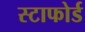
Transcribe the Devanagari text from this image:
स्टाफोर्ड